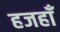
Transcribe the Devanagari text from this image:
हजहाँ